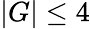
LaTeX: |G|\le 4